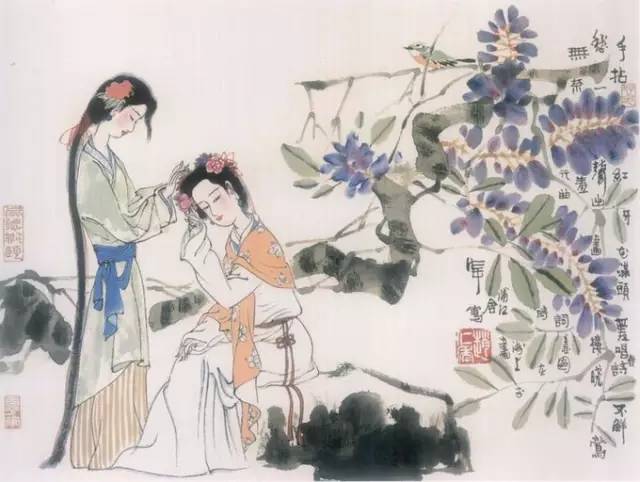
帘外雨潺潺，春意阑珊。